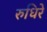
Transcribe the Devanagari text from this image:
रुधिरे